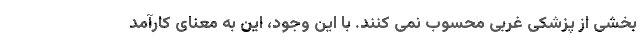
بخشی از پزشکی غربی محسوب نمی کنند. با این وجود، این به معنای کارآمد